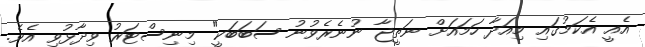
އެއީ އެކަމުގައި މިއަދާ ހަމައަށް ނަތީޖާ ނުނެރެވުނު ސަބަބަކީ" މިނިސްޓަރު ވިދާޅުވި އެވެ.